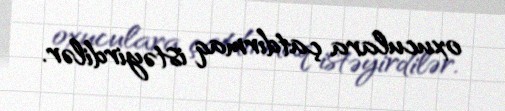
oxuculara çatdırmaq istəyirdilər.